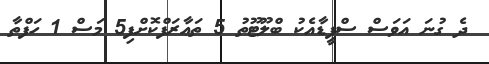
ދެ ގުނަ އަވަސް ސްޕީޑާއެކު ބްލޫޓޫތު 5 ތަޢާރަފްކޮށްފި5 މަސް 1 ހަފްތާ